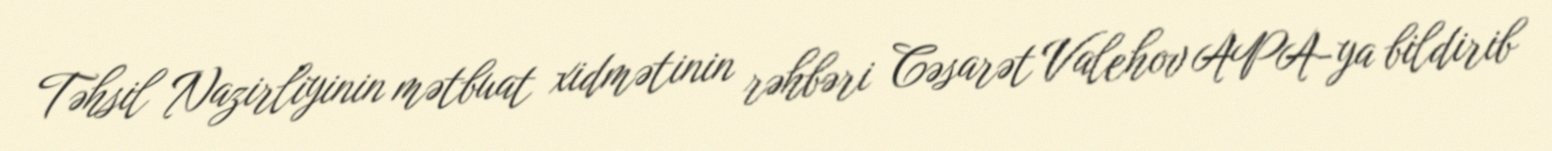
Təhsil Nazirliyinin mətbuat xidmətinin rəhbəri Cəsarət Valehov APA-ya bildirib